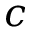
c